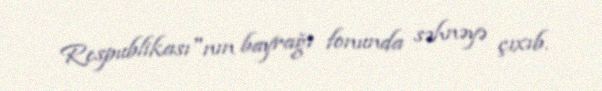
Respublikası"nın bayrağı fonunda səhnəyə çıxıb.